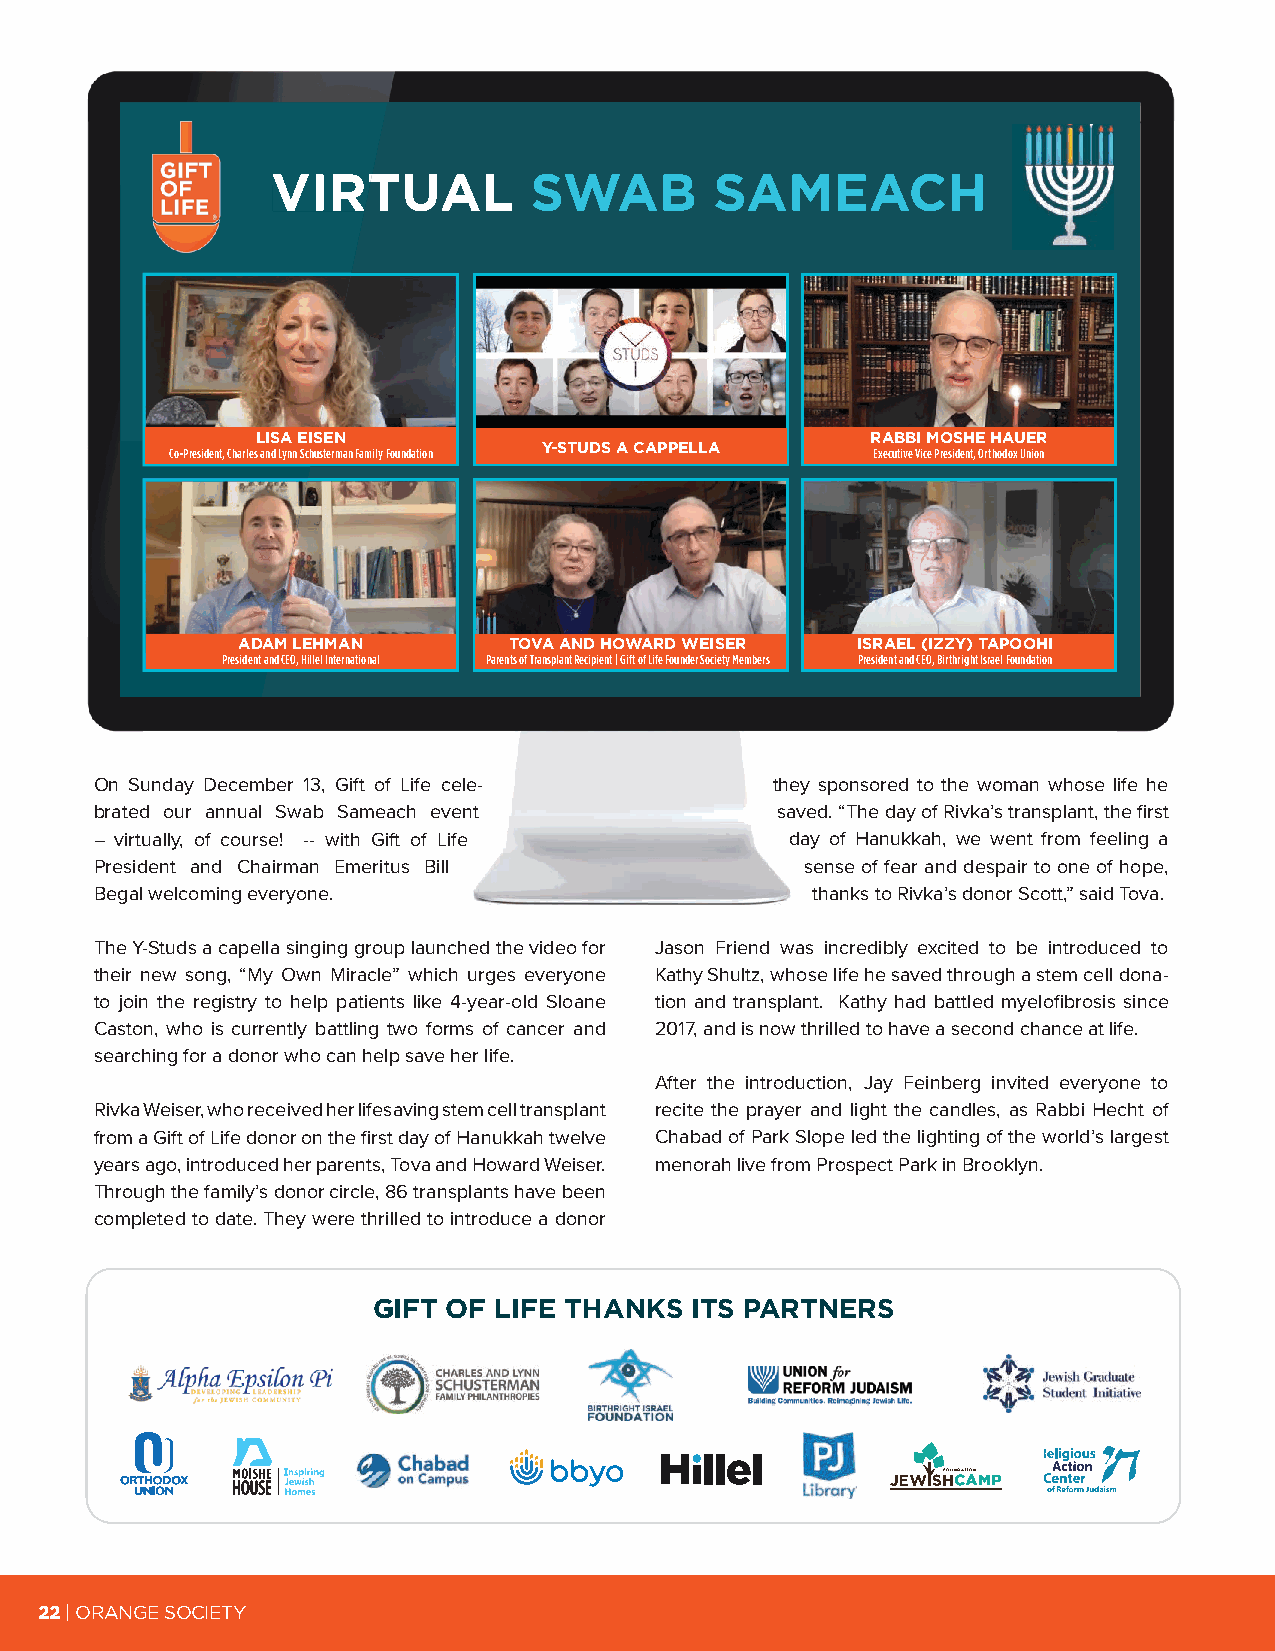
VVIIRRTTUUAALL   SWAB        SAMEACH
 LISA EISEN                               RABBI MOSHE HAUER
 Y-STUDS A CAPPELLA
 Co-President, Charles and Lynn Schusterman Family Foundation Executive Vice President, Orthodox Union
 ADAM LEHMAN       TOVA AND HOWARD WEISER ISRAEL (IZZY) TAPOOHI
 President and CEO, Hillel International Parents of Transplant Recipient | Gift of Life Founder Society Members President and CEO, Birthright Israel Foundation
 On Sunday December 13, Gift of Life cele-    they sponsored to the woman whose life he
 brated our annual Swab Sameach event         saved. “The day of Rivka’s transplant, the first
 – virtually, of course! -- with Gift of Life  day of Hanukkah, we went from feeling a
 President and Chairman Emeritus Bill           sense of fear and despair to one of hope,
 Begal welcoming everyone.                       thanks to Rivka’s donor Scott,” said Tova.
 The Y-Studs a capella singing group launched the video for Jason Friend was incredibly excited to be introduced to
 their new song, “My Own Miracle” which urges everyone Kathy Shultz, whose life he saved through a stem cell dona-
 to join the registry to help patients like 4-year-old Sloane tion and transplant. Kathy had battled myelofibrosis since
 Caston, who is currently battling two forms of cancer and 2017, and is now thrilled to have a second chance at life.
 searching for a donor who can help save her life.
 After the introduction, Jay Feinberg invited everyone to
 Rivka Weiser, who received her lifesaving stem cell transplant recite the prayer and light the candles, as Rabbi Hecht of
 from a Gift of Life donor on the first day of Hanukkah twelve Chabad of Park Slope led the lighting of the world’s largest
 years ago, introduced her parents, Tova and Howard Weiser. menorah live from Prospect Park in Brooklyn.
 Through the family’s donor circle, 86 transplants have been
 completed to date. They were thrilled to introduce a donor
 GIFT OF LIFE THANKS  ITS PARTNERS
 Northeastern University Northeastern University
 Northeastern University Northeastern University
 22 | ORANGE SOCIETY